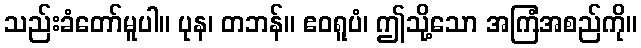
သည်းခံတော်မူပါ။ ပုန၊ တဘန်။ ဧဝရူပံ၊ ဤသို့သော အကြံအစည်ကို။